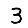
Digit: 3